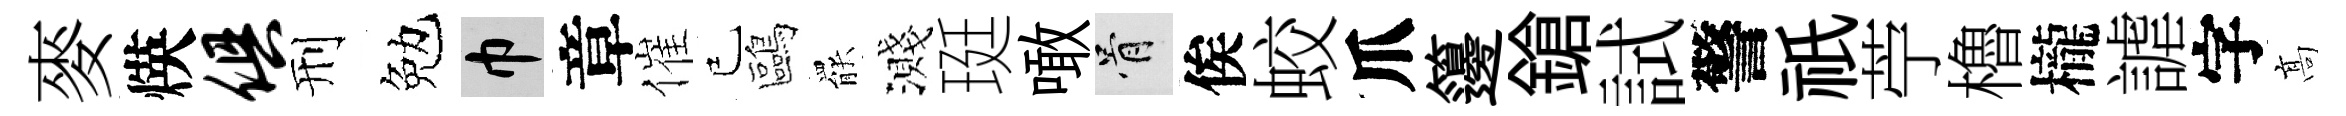
麥煐俱刑勉巾章催已鷗罷濺珽噉骨俟蛟爪籩鎗試警祇苧櫓櫳謔字髙